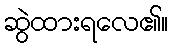
ဆွဲထားရလေ၏။